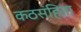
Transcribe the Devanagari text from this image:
कठसंहिता